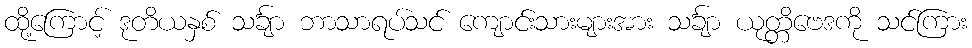
ထို့ကြောင့် ဒုတိယနှစ် သင်္ချာ ဘာသာရပ်သင် ကျောင်းသားများအား သင်္ချာ ယုတ္တိဗေဒကို သင်ကြား